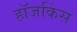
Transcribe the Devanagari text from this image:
हॉजकिंस